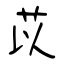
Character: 苡